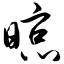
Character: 晾